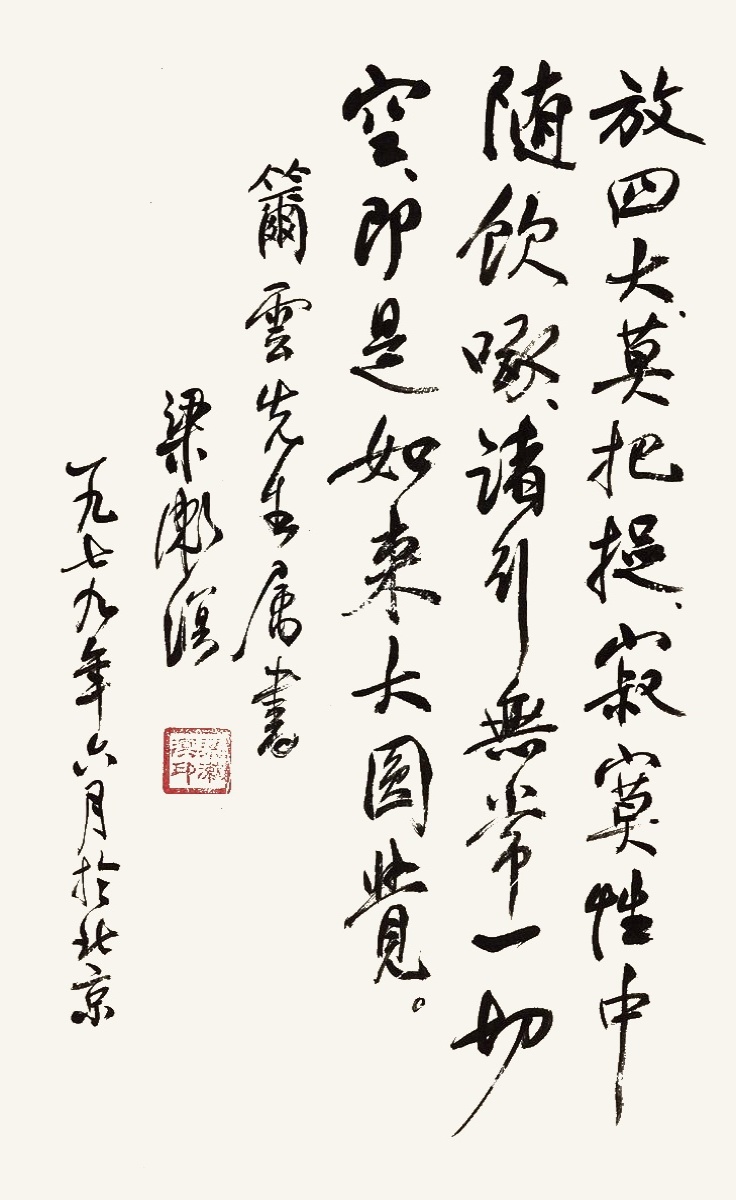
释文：放四大，莫把捉，寂寞性中随饮啄，诸行无常一切空，即是如来大圆觉。𥬞云先生属书。梁漱溟，一九七九年六月于北京。